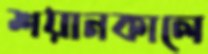
শয়ানকালে